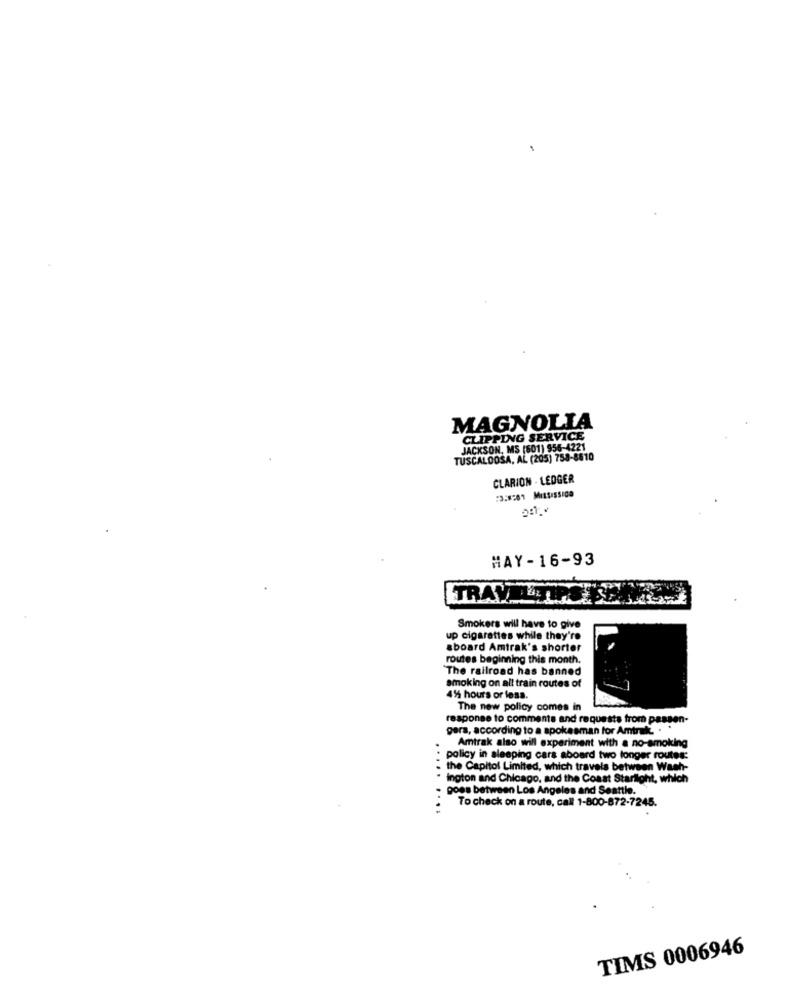
MAGNOLIA
CLIPPING SERVICE
JACKSON, MS (601) 956-4221
TUSCALOOSA, AL (205) 758-8810
CLARION - LEDGER
13:8201 MitSISSIDO
HAY-16-93
TRAVELTIPS CENY
Smokers will have to give
up cigarettes while they're
aboard Amtrak's shorter
routes beginning this month.
"The railroad has banned
smoking on all train routes of
4% hours or less.
The new policy comes in
response to comments and requests from passen-
gera, according to a spokesman for Amtrak. . .
Amtrak also will experiment with a no-smoking
policy in sleeping cars aboard two longer routes:
the Capitol Limited, which travels between Wash-
ington and Chicago, and the Coast Starilight, which
goes between Los Angeles and Seattle.
.....
To check on a route, call 1-800-872-7245.
....
TIMS 0006946